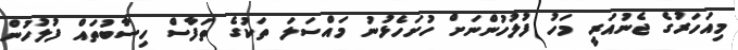
މިއަހަރުގެ ޖެނުއަރީ މަހު ފުލުހުންނަށް ހުށަހެޅުނު މައްސަލަ ތަކުގެ ތަފާސް ހިސާބުތައް ފުލުހުން